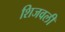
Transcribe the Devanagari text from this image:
शिजवली